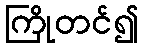
ကြိုတင်၍